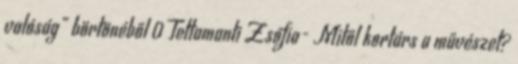
valóság” börtönéből 0 Tettamanti Zsófia- Mitől kortárs a művészet?